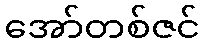
အော်တစ်ဇင်